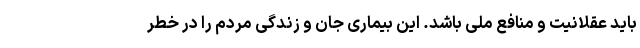
باید عقلانیت و منافع ملی باشد. این بیماری جان و زندگی مردم را در خطر